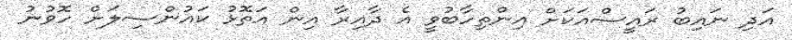
އަދި ނައިބު ރައީސްއަކަށް އިންތިހާބުވީ އެ ދާއިރާ އިން އަތޮޅު ކައުންސިލަށް ހޮވުނު